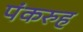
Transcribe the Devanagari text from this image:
पंकरुह